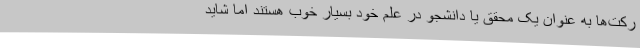
رکت‌ها به عنوان یک محقق یا دانشجو در علم خود بسیار خوب هستند اما شاید